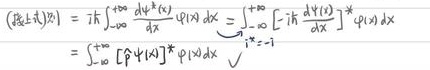
\[
\begin{align*}
\langle (\hat{H} \pm i \lambda) \rangle &= i \hbar \int_{-\infty}^{+\infty} \frac{\mathrm{d}\psi^{*}(x)}{\mathrm{d}x} \varphi(x) \mathrm{d}x = \int_{-\infty}^{+\infty} \left[- i \hbar \frac{\mathrm{d}\psi(x)}{\mathrm{d}x} \right]^{*} \varphi(x) \mathrm{d}x\\
&= \int_{-\infty}^{+\infty} [\hat{H} \psi(x)]^{*} \varphi(x) \mathrm{d}x \quad \big\downarrow_{= \pm 1}
\end{align*}
\]